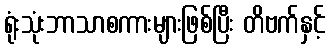
ရုံးသုံးဘာသာစကားများဖြစ်ပြီး တိဗက်နှင့်